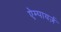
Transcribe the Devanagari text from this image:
ऐम्पायर्ज़